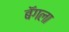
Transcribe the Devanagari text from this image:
बॅगला